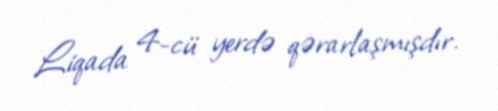
Liqada 4-cü yerdə qərarlaşmışdır.